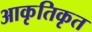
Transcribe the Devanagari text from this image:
आकृतिकृत